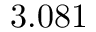
3 . 0 8 1